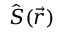
\hat { \boldsymbol { S } } ( \Vec { r } )